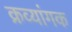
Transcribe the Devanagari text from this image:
क्रव्यांगक